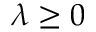
\lambda \geq 0